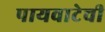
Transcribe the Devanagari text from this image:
पायवाटेची